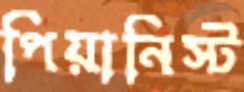
পিয়ানিস্ট